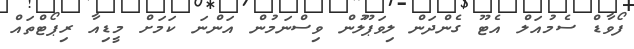
ފޯވާޑް ސެމުއަލް އެޓޫ ގެންދަން ލިވަޕޫލުން ވިސްނަމުން އަންނަ ކަމަށް މީޑިއާ ރިޕޯޓްތައް